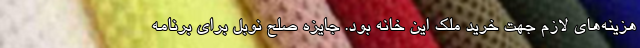
هزينه‌هاي لازم جهت خريد ملك اين خانه بود. جایزه صلح نوبل برای برنامه